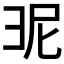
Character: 𭛎